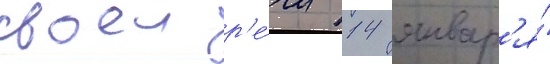
своеи р'е́чи 14 январ'я́